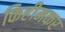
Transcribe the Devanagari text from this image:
किहीमकर